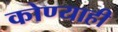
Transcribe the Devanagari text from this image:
कोण्याही